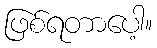
ဖြစ်ရတာပေါ့။